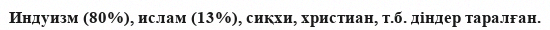
Индуизм (80%), ислам (13%), сиқхи, христиан, т.б. діндер таралған.